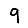
Digit: 9